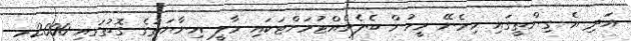
އަދި އެ ގިންތީގައި ހިމެނޭ މީހުން ބެލެހެއްޓުމަށްޓަކައި މާލީ އިނާޔަތުގެ ގޮތުގައި 2000ރ